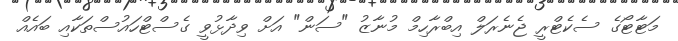
މަޓާޓޯގެ ސެކެޓްރީ ޖެނެރަލް އިބްރާހިމް މުނާޒު "ސަން" އަށް ވިދާޅުވީ ގެސްޓްހައުސްތަކާއި ބައެއް